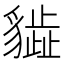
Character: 𧴎